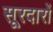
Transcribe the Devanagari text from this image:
सूरदारों